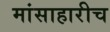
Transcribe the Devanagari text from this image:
मांसाहारीच